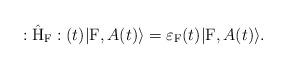
LaTeX: \begin{align*}:\hat{\rm H}_{\rm F}:(t) |{\rm F}, A(t) \rangle ={\varepsilon}_{\rm F}(t) |{\rm F}, A(t) \rangle.\end{align*}